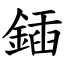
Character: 鍤